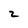
Character: 2